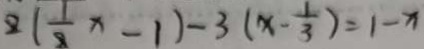
2 ( \frac { 1 } { 2 } x - 1 ) - 3 ( x - \frac { 1 } { 3 } ) = 1 - x